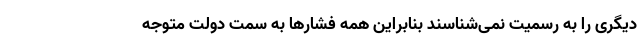
دیگری را به رسمیت نمی‌شناسند بنابراین همه فشارها به سمت دولت متوجه